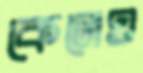
কেনেও